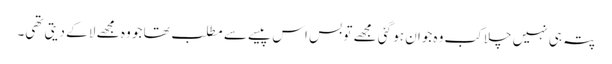
پتہ ہی نہیں چلا کب وہ جوان ہو گئی مجھے تو بس اس پیسے سے مطلب تھا جو وہ مجھے لا کے دیتی تھی۔